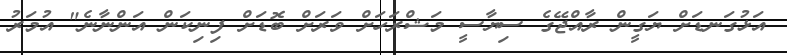
އަޅުގަނޑަށް ޔަގީން ރާއްޖޭގެ ސިޔާސީ މަޝްރަހަށް ވަރަށް ބޮޑަށް ފިނިކަން އަންނާނެ" އުމަރު